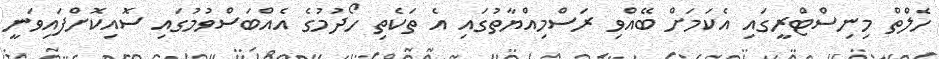
ހެލްތް މިނިސްޓްރީގައި އެކަމަށް ބޭއްވި ރަސްމިއްޔާތުގައި އެ ތަކެތި ހޯދުމުގެ އެއްބަސްވުމުގައި ސޮއިކޮށްފައިވަނީ